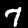
Digit: 7